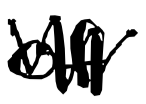
Text: of
Cross-out: zig-zag
Writing tool: digital_black